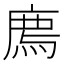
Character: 廌